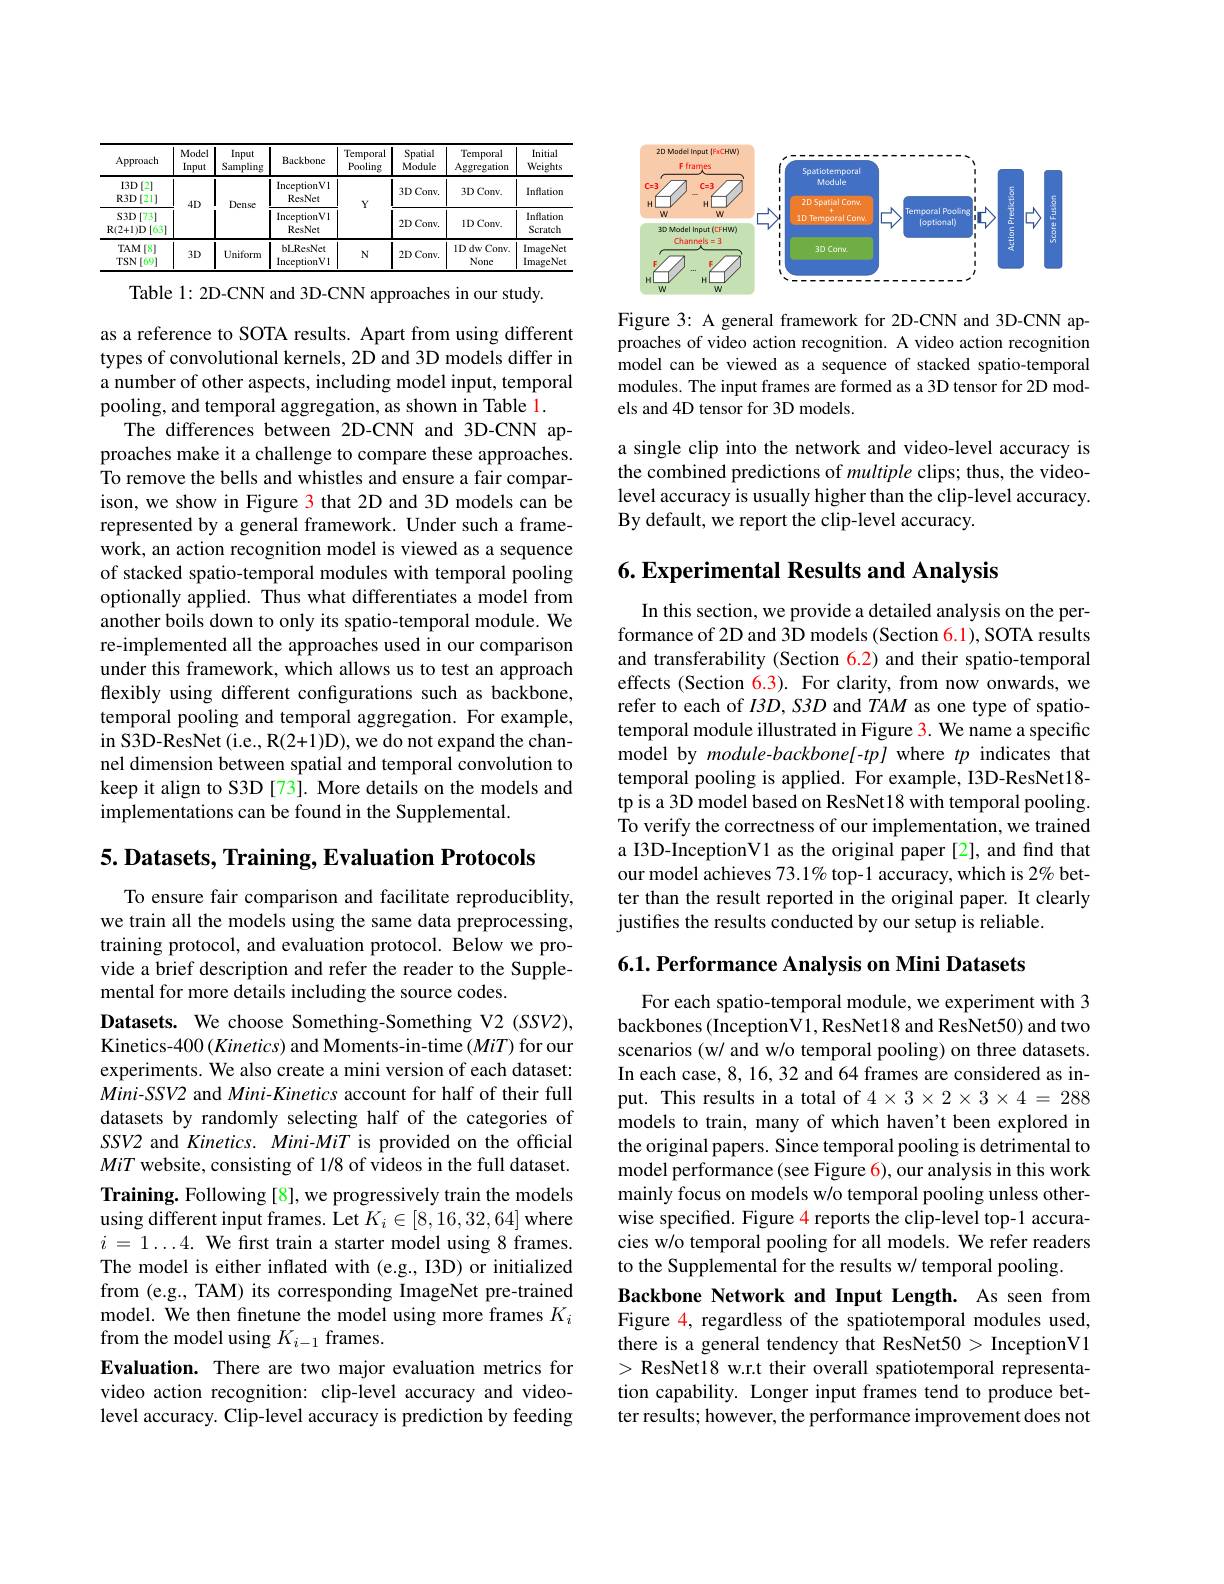
<table>
	<tbody>
		<tr>
			<th>Approach</th>
			<th>Model Input</th>
			<th>Input Sampling</th>
			<th>Backbone</th>
			<th>Temporal $\bar{\text{Pooling}}$</th>
			<th>Spatial Module</th>
			<th>Temporal Aggregation</th>
			<th>Initial Weights</th>
		</tr>
		<tr>
			<td>$I3D$ )[2] $\mathbb{R}3D[21]$</td>
			<td rowspan="2">$4D$</td>
			<td rowspan="2">T Dense T</td>
			<td>InceptionVl ResNet</td>
			<td rowspan="2">$Y$</td>
			<td>1 $3DConv.$</td>
			<td>$3DConv.$</td>
			<td>Inflation</td>
		</tr>
		<tr>
			<td>$S3D[73]$ $\mathbf{R}(2+1)\mathbf{D}\left[63\right]$</td>
			<td>InceptionVl ResNet</td>
			<td>$2DConv.$</td>
			<td>$1DConv$</td>
			<td>Inflation Scratch</td>
		</tr>
		<tr>
			<td>$TAM$ $A[8]$ $TSN$ 69</td>
			<td>$3D$</td>
			<td>Uniform</td>
			<td>bLResNet InceptionVl</td>
			<td>$N$</td>
			<td>T $2DConv.$</td>
			<td>$1DdwConv$ None</td>
			<td>ImageNet ImageNet</td>
		</tr>
	</tbody>
</table>
Table 1: 2D-CNN and 3D-CNN approaches in our study.

as a reference to SOTA results. Apart from using different types of convolutional kernels, 2D and 3D models differ in a number of other aspects, including model input, temporal pooling, and temporal aggregation, as shown in Table 1.
The differences between 2D-CNN and 3D-CNN approaches make it a challenge to compare these approaches. $\hat{\text{To remove the bells and whistles and ensure a fair compar-}}$ ison, we show in Figure 3 that 2D and 3D models can be represented by a general framework. Under such a framework, an action recognition model is viewed as a sequence of stacked spatio-temporal modules with temporal pooling optionally applied. Thus what differentiates a model from another boils down to only its spatio-temporal module. We re-implemented all the approaches used in our comparison under this framework, which allows us to test an approach flexibly using different configurations such as backbone, temporal pooling and temporal aggregation. For example, in S3D-ResNet (i.e., R(2+1)D), we do not expand the channel dimension between spatial and temporal convolution to keep it align to S3D [73]. More details on the models and implementations can be found in the Supplemental.

## $5. \textbf{Datasets, Training, Evaluation Protocols}$

To ensure fair comparison and facilitate reproduciblity, we train all the models using the same data preprocessing, training protocol, and evaluation protocol. Below we provide a brief description and refer the reader to the Supplemental for more details including the source codes.
Datasets. We choose Something-Something V2 (SSV2), Kinetics-400 (Kinetics) and Moments-in-time (MiT) for our experiments. We also create a mini version of each dataset: Mini-SSV2 and Mini-Kinetics account for half of their full datasets by randomly selecting half of the categories of SSV2 and Kinetics. Mini-MiT is provided on the official MiT website, consisting of 1/8 of videos in the full dataset. Training. Following [8], we progressively train the models using different input frames. Let $K_i\in[8,16,32,64]$ where $i$ = 1 $\ldots$ 4 . $\textbf{We first train a starter model using 8 frames}.$ The model is either inflated with (e.g., I3D) or initialized from (e.g., TAM) its corresponding ImageNet pre-trained model. We then finetune the model using more frames $K_i$ from the model using $K_{i-1}$ frames.
Evaluation. There are two major evaluation metrics for video action recognition: clip-level accuracy and videolevel accuracy. Clip-level accuracy is prediction by feeding

<FigureHere>

Figure 3: A general framework for 2D-CNN and 3D-CNN approaches of video action recognition. A video action recognition model can be viewed as a sequence of stacked spatio-temporal modules. The input frames are formed as a 3D tensor for 2D models and 4D tensor for 3D models.

a single clip into the network and video-level accuracy is the combined predictions of multiple clips; thus, the videolevel accuracy is usually higher than the clip-level accuracy. By default, we report the clip-level accuracy.

6. Experimental Results and Analysis

In this section, we provide a detailed analysis on the performance of 2D and 3D models (Section 6.1), SOTA results and transferability (Section 6.2) and their spatio-temporal effects (Section 6.3). For clarity, from now onwards, we refer to each of $I3D,S3D$ and $TAM$ as one type of spatiotemporal module illustrated in Figure 3. We name a specific model by module-backbone[-tp] where $tp$ indicates that temporal pooling is applied. For example, I3D-ResNet18- tpis a 3D model based on ResNet18 with temporal pooling. To verify the correctness of our implementation, we trained a I3D-InceptionV1 as the original paper [2], and find that our model achieves 73.1% top-1 accuracy, which is 2% better than the result reported in the original paper. It clearly justifies the results conducted by our setup is reliable.

$6. 1. \textbf{ Performance Analysis on Mini Datasets}$

For each spatio-temporal module, we experiment with 3 backbones (InceptionV1, ResNet18 and ResNet50) and two scenarios (w/ and w/o temporal pooling) on three datasets. In each case, 8, 16, 32 and 64 frames are considered as input. This results in a total of $4\times3\times2\times3\times4=288$ models to train, many of which haven't been explored in the original papers. Since temporal pooling is detrimental to model performance(see Figure 6), our analysis in this work mainly focus on models w/o temporal pooling unless otherwise specified. Figure 4 reports the clip-level top-1 accuracies w/o temporal pooling for all models. We refer readers to the Supplemental for the results w/ temporal pooling.
Backbone Network and Input Length. As seen from Figure 4, regardless of the spatiotemporal modules used, there is a general tendency that ResNet50> InceptionV1 >ResNet18 w.r.t their overall spatiotemporal representation capability. Longer input frames tend to produce better results; however, the performance improvement does not